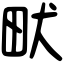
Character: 畎